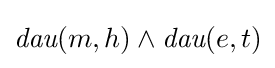
{\textit {dau}}(m,h)\land {\textit {dau}}(e,t)